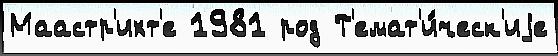
Маастр'ихт'е 1981 род Т'емат'и́ческ'иjе